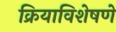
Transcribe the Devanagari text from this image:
क्रियाविशेषणे